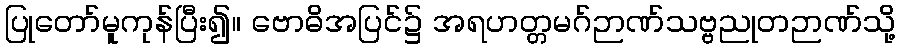
ပြုတော်မူကုန်ပြီး၍။ ဗောဓိအပြင်၌ အရဟတ္တမဂ်ဉာဏ်သဗ္ဗညုတဉာဏ်သို့